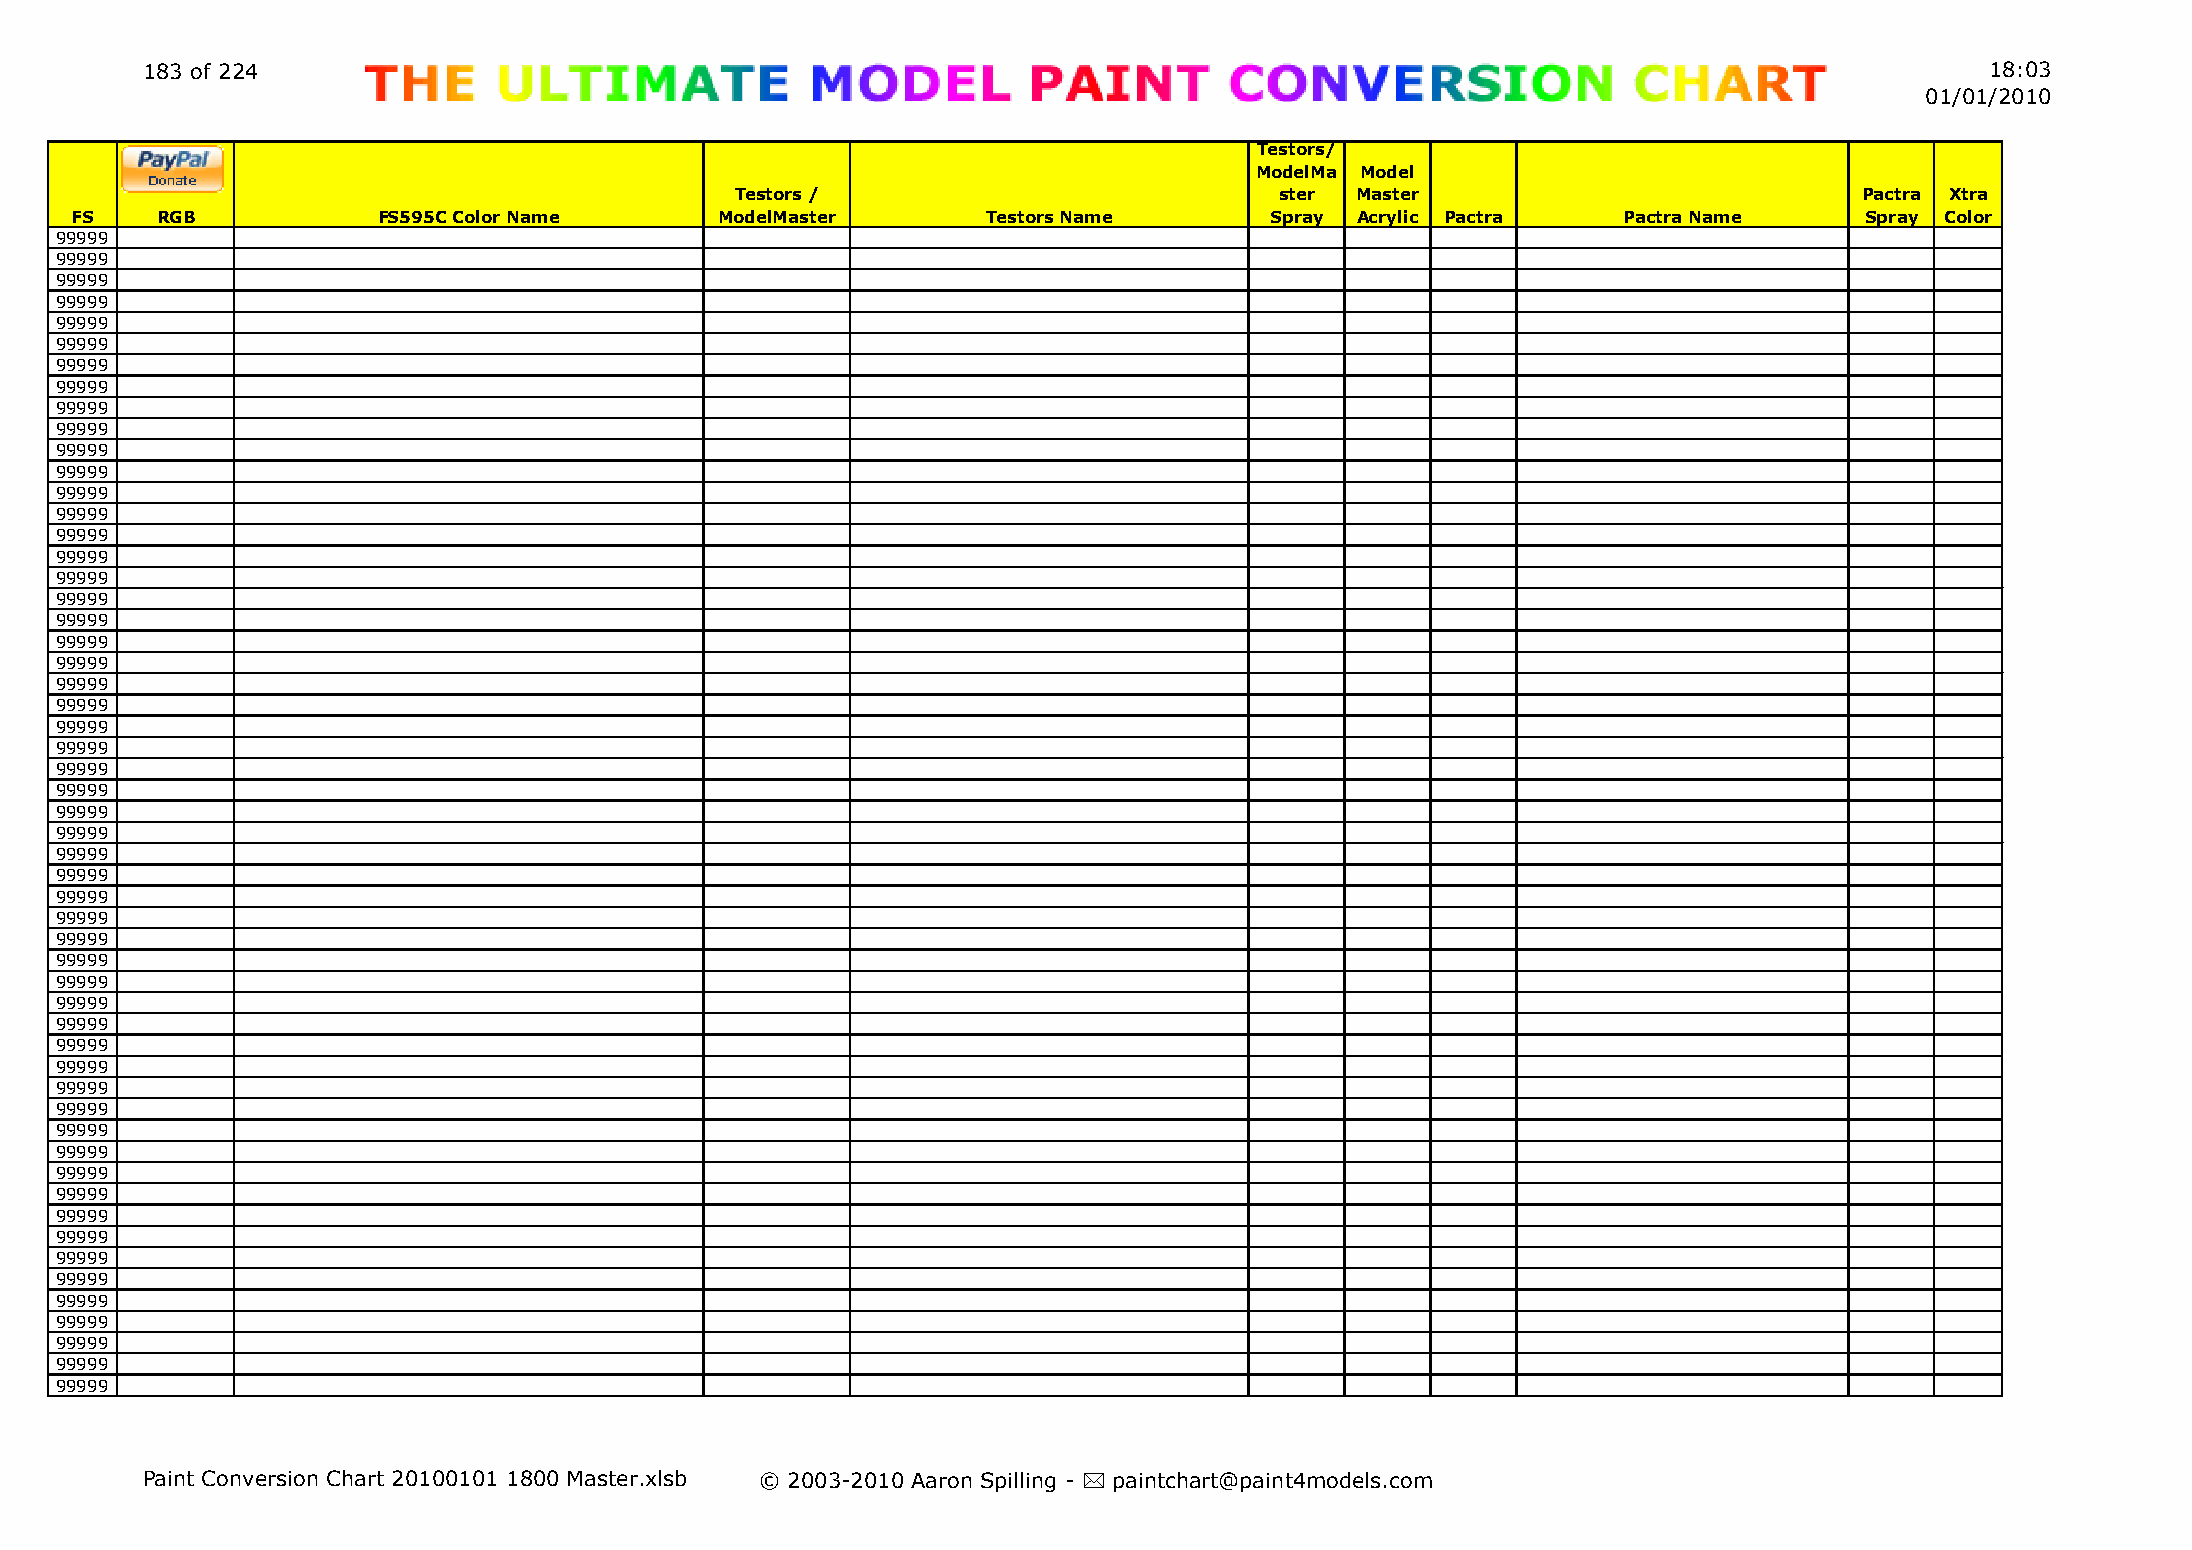
183 of 224                                                                                                                 18:03
 01/01/2010
 Testors/
 ModelMa Model
 Testors /                           ster Master                           Pactra Xtra
 FS   RGB            FS595C Color Name      ModelMaster      Testors Name       Spray Acrylic Pactra   Pactra Name     Spray Color
 99999
 99999
 99999
 99999
 99999
 99999
 99999
 99999
 99999
 99999
 99999
 99999
 99999
 99999
 99999
 99999
 99999
 99999
 99999
 99999
 99999
 99999
 99999
 99999
 99999
 99999
 99999
 99999
 99999
 99999
 99999
 99999
 99999
 99999
 99999
 99999
 99999
 99999
 99999
 99999
 99999
 99999
 99999
 99999
 99999
 99999
 99999
 99999
 99999
 99999
 99999
 99999
 99999
 99999
 99999
 Paint Conversion Chart 20100101 1800 Master.xlsb © 2003-2010 Aaron Spilling - * paintchart@paint4models.com